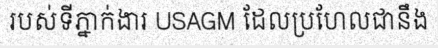
របស់ទីភ្នាក់ងារ USAGM ដែលប្រហែលជានឹង